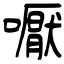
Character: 嚈